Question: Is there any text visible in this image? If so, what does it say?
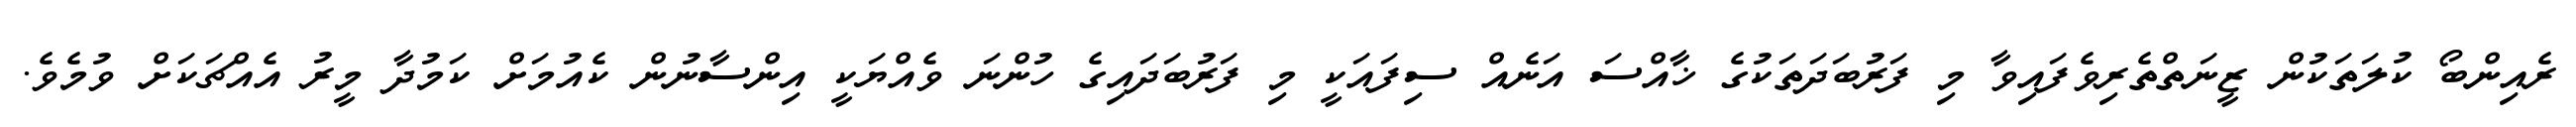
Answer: ރެއިންބޯ ކުލަތަކުން ޒީނަތްތެރިވެފައިވާ މި ފަރުބަދަތަކުގެ ޚާއްސަ އަނެއް ސިފައަކީ މި ފަރުބަދައިގެ ހުންނަ ވެއްޔަކީ އިންސާނުން ކެއުމަށް ކަމުދާ މީރު އެއްޗަކަށް ވުމެވެ.